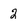
Character: 2